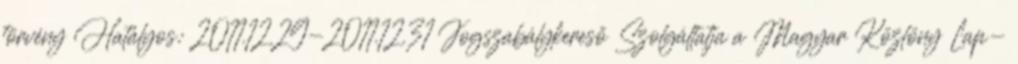
törvény Hatályos: 2011.12.29-2011.12.31 Jogszabálykereső Szolgáltatja a Magyar Közlöny Lap-